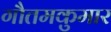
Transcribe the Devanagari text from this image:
गौतमकुमार